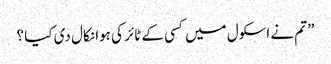
” تم نے اسکول میں کسی کے ٹائر کی ہوا نکال دی کیا ؟